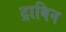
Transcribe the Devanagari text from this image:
ट्राबिन